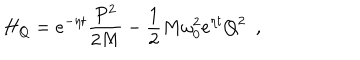
H _ { Q } = e ^ { - \eta t } \frac { P ^ { 2 } } { 2 M } - \frac 1 2 M \omega _ { 0 } ^ { 2 } e ^ { \eta t } Q ^ { 2 } \, \, \, ,